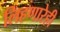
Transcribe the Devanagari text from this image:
लिहणारेही